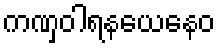
ကဏှဝါရနယေနေဝ